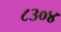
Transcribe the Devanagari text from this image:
८३०४